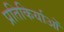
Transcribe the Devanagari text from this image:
प्रतिकिर्याओं